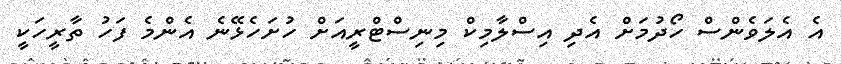
އެ އެލަވެންސް ހޯދުމަށް އެދި އިސްލާމިކް މިނިސްޓްރީއަށް ހުށަހެޅޭނެ އެންމެ ފަހު ތާރީހަކީ